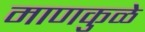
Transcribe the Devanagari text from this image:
माणकुळे